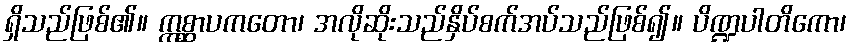
ရှိသည်ဖြစ်၏။ ဣစ္ဆာပကတော၊ အလိုဆိုးသည်နှိပ်စက်အပ်သည်ဖြစ်၍။ ပိဏ္ဍပါတိကော၊